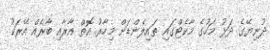
ދުނިޔޭގެ ދަޅު މަހުގެ މާކެޓްގައި ތައިލެންޑަށް މިހާރު އޮތް އާރާއި ބާރެއް އޭރަކު